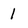
Character: 1